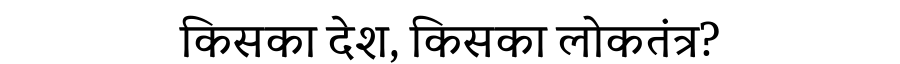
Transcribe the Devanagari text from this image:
किसका देश, किसका लोकतंत्र?